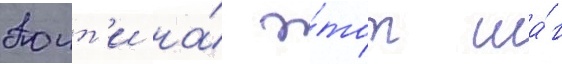
Поит'и на́ э́тот ша́г